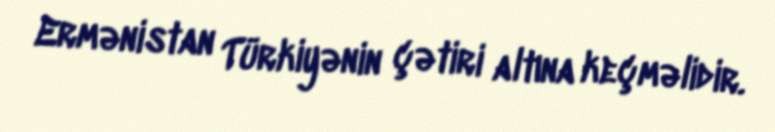
Ermənistan Türkiyənin çətiri altına keçməlidir.